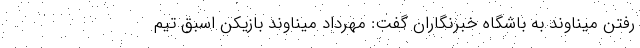
رفتن میناوند به باشگاه خبرنگاران گفت: مهرداد میناوند بازیکن اسبق تیم